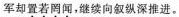
军却置若罔闻，继续向叙纵深推进，